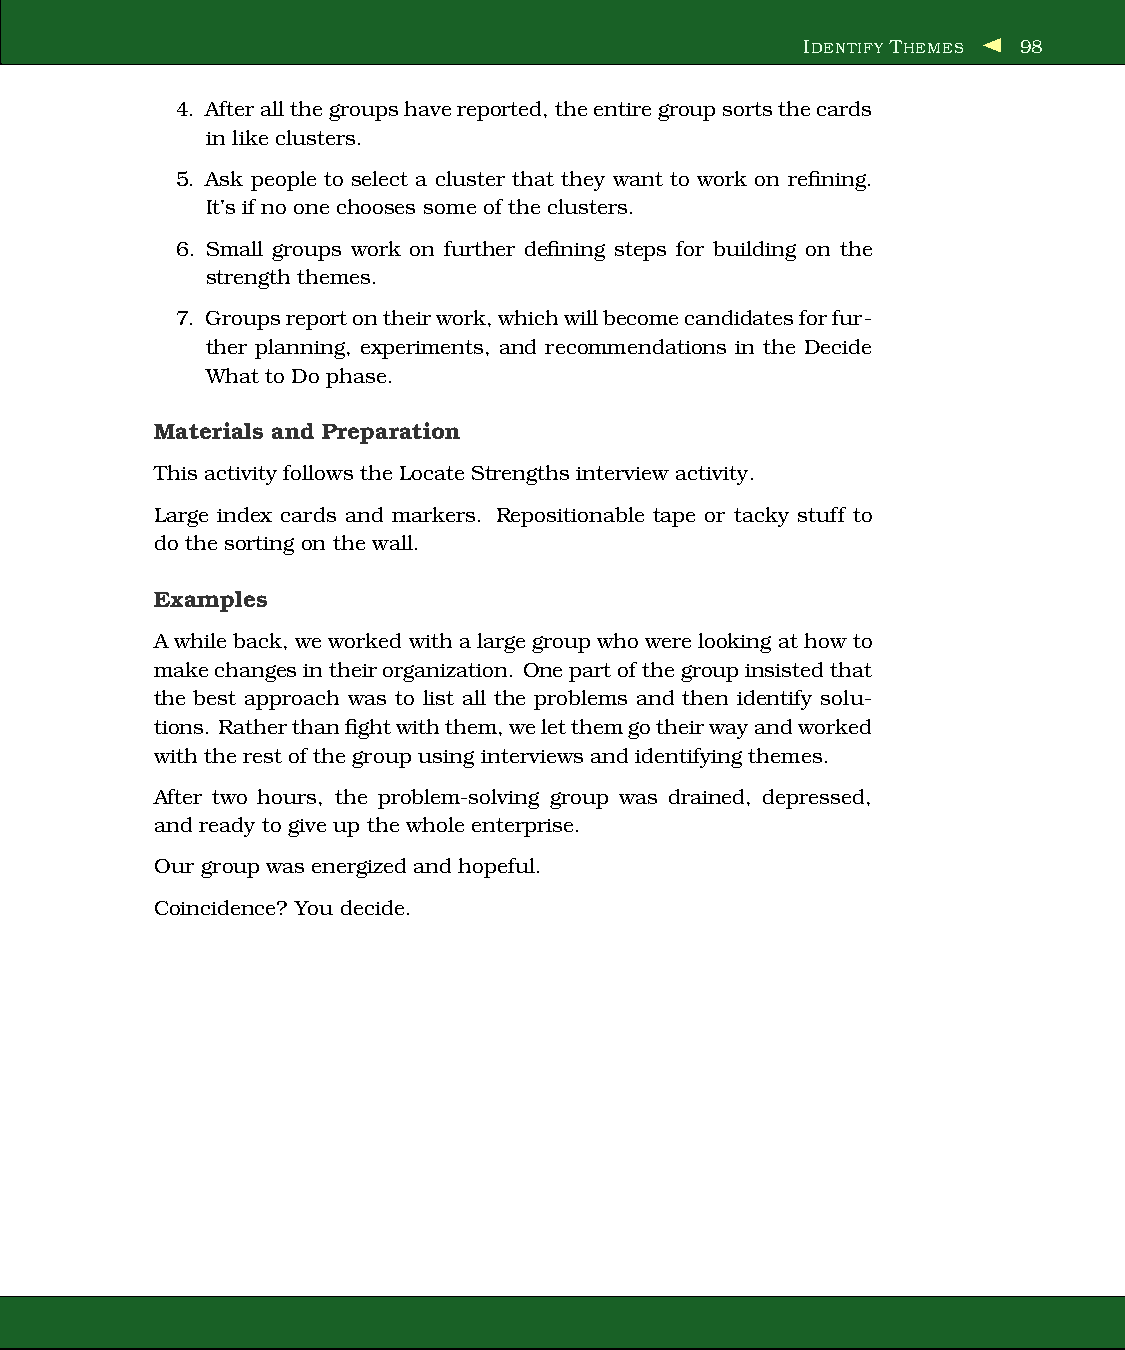
IDENTIFY THEMES 98
 4. Afterallthegroupshavereported,theentiregroupsortsthecards
 in like clusters.
 5. Ask people to select a cluster that they want to work on refining.
 It’s if no one chooses some of the clusters.
 6. Small groups work on further defining steps for building on the
 strength themes.
 7. Groupsreportontheirwork,whichwillbecomecandidatesforfur-
 ther planning, experiments, and recommendations in the Decide
 What to Do phase.
 Materials and Preparation
 This activity follows the Locate Strengthsinterview activity.
 Large index cards and markers. Repositionable tape or tacky stuff to
 do the sorting on the wall.
 Examples
 Awhileback, weworked withalargegroup whowerelooking at how to
 makechangesintheirorganization. Onepartofthegroupinsistedthat
 the best approach was to list all the problems and then identify solu-
 tions. Ratherthanfightwiththem,weletthemgotheirwayandworked
 with the rest of the group using interviews and identifying themes.
 After two hours, the problem-solving group was drained, depressed,
 and ready to give up the whole enterprise.
 Our group was energized and hopeful.
 Coincidence? You decide.